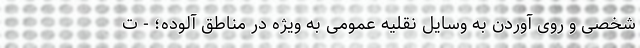
شخصی و روی آوردن به وسایل نقلیه عمومی به ویژه در مناطق آلوده؛ - ت